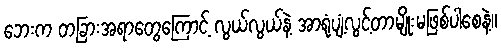
ဘေးက တခြားအရာတွေကြောင့် လွယ်လွယ်နဲ့ အာရုံပျံ့လွင့်တာမျိုးမဖြစ်ပါစေနဲ့။